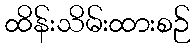
ထိန်းသိမ်းထားစဉ်